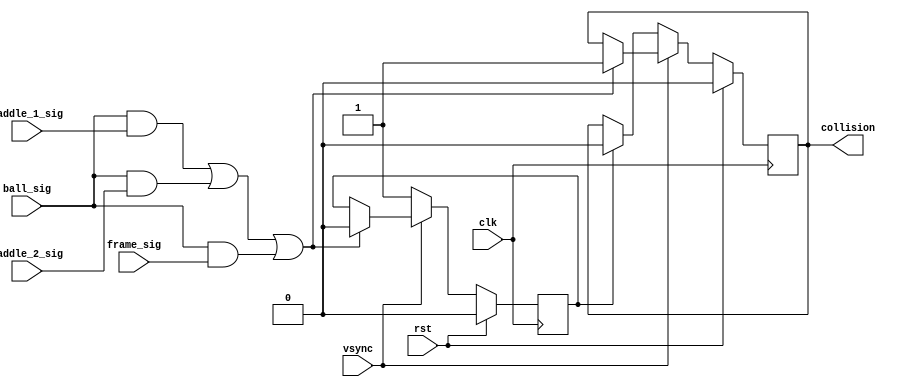
// Doty Darveaux
// ECEN 5863
// Pong Final Project

module collision(
	input clk, rst,
	input paddle_1_sig,
	input paddle_2_sig,
	input ball_sig,
	input frame_sig,
   input vsync,
	output reg collision);

	reg delay_count;
		
	always @(posedge clk) begin
		if(rst) begin
			collision <=0;
			delay_count <= 0;
		end
		 
		 //if vsync has gone low signalling end of frame, set collision equal to 0, the change will not be noticed until the 
		 //next vsinc signal
		else if (!vsync) begin
			if(!delay_count) begin
				delay_count = 1;
			end
			else begin
				collision <= 0;
			end 
		end
		else begin
			if ((ball_sig && paddle_1_sig) || (ball_sig && paddle_2_sig) || (ball_sig && frame_sig)) begin
				collision <= 1;
				delay_count <= 0;
			end
		end 
	end

endmodule